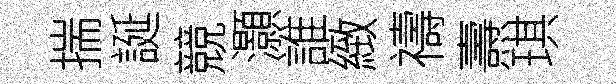
揣誕競灝誰緻禱燾琪